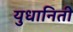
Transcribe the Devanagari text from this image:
युधानिती